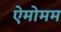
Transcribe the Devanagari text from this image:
ऐमोमम